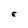
Character: E